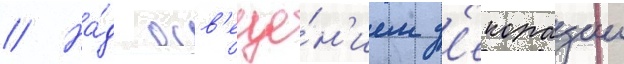
// На́д осв'еще́н'ием д'екорации